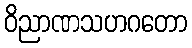
ဝိညာဏသဟဂတော